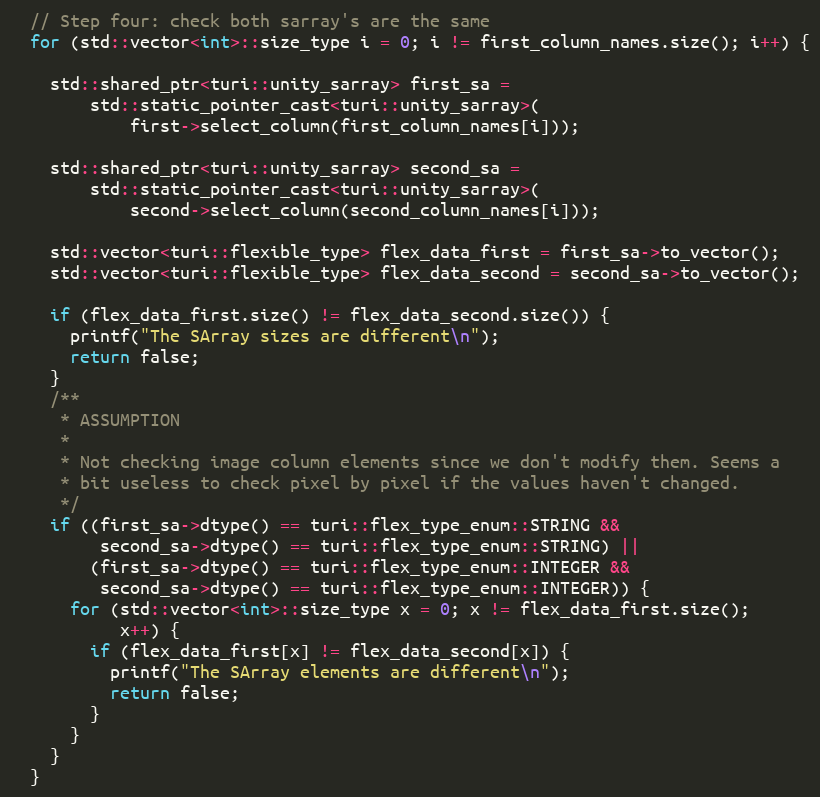
Language: C++
  // Step four: check both sarray's are the same
  for (std::vector<int>::size_type i = 0; i != first_column_names.size(); i++) {

    std::shared_ptr<turi::unity_sarray> first_sa =
        std::static_pointer_cast<turi::unity_sarray>(
            first->select_column(first_column_names[i]));

    std::shared_ptr<turi::unity_sarray> second_sa =
        std::static_pointer_cast<turi::unity_sarray>(
            second->select_column(second_column_names[i]));

    std::vector<turi::flexible_type> flex_data_first = first_sa->to_vector();
    std::vector<turi::flexible_type> flex_data_second = second_sa->to_vector();

    if (flex_data_first.size() != flex_data_second.size()) {
      printf("The SArray sizes are different\n");
      return false;
    }
    /**
     * ASSUMPTION
     *
     * Not checking image column elements since we don't modify them. Seems a
     * bit useless to check pixel by pixel if the values haven't changed.
     */
    if ((first_sa->dtype() == turi::flex_type_enum::STRING &&
         second_sa->dtype() == turi::flex_type_enum::STRING) ||
        (first_sa->dtype() == turi::flex_type_enum::INTEGER &&
         second_sa->dtype() == turi::flex_type_enum::INTEGER)) {
      for (std::vector<int>::size_type x = 0; x != flex_data_first.size();
           x++) {
        if (flex_data_first[x] != flex_data_second[x]) {
          printf("The SArray elements are different\n");
          return false;
        }
      }
    }
  }